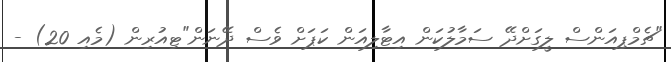
"ޗެމްޕިއަންސް ލީގަށްދޭ ސަމާލުކަން އިޓާލިއަން ކަޕަށް ވެސް ދޭނަން"ޓިއުރިން (މެއި 20) -